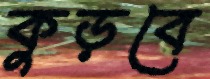
কুড়বে